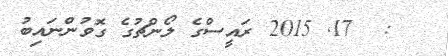
:  17